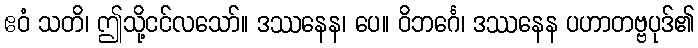
ဧဝံ သတိ၊ ဤသို့ငင်လသော်။ ဒဿနေန၊ ပေ။ ဝိဘင်္ဂေ၊ ဒဿနေန ပဟာတဗ္ဗပုဒ်၏